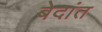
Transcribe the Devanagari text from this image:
बेदांत